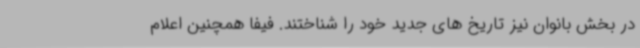
در بخش بانوان نیز تاریخ های جدید خود را شناختند. فیفا همچنین اعلام